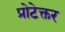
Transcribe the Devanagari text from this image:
प्रोटेक्तर